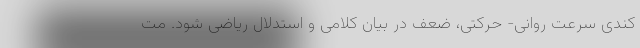
کندی سرعت روانی- حرکتی، ضعف در بیان کلامی و استدلال ریاضی شود. مت